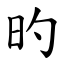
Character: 旳